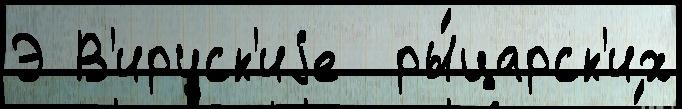
Э В'ируск'иjе  ры́царск'их